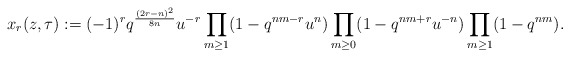
\begin{align*}x_r(z,\tau):=(-1)^r q^{\frac{(2r-n)^2}{8n}} u^{-r}\prod_{m \geq 1}(1-q^{nm-r}u^n)\prod_{m \geq 0}(1-q^{nm+r}u^{-n})\prod_{m \geq 1}(1-q^{nm}).\end{align*}